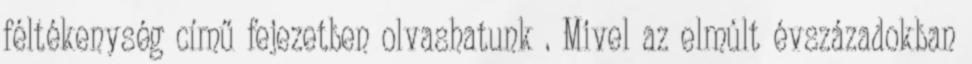
féltékenység című fejezetben olvashatunk . Mivel az elmúlt évszázadokban